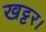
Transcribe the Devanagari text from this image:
खट्टर।